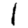
Digit: 1